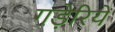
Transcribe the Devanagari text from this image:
गड़ेरियें